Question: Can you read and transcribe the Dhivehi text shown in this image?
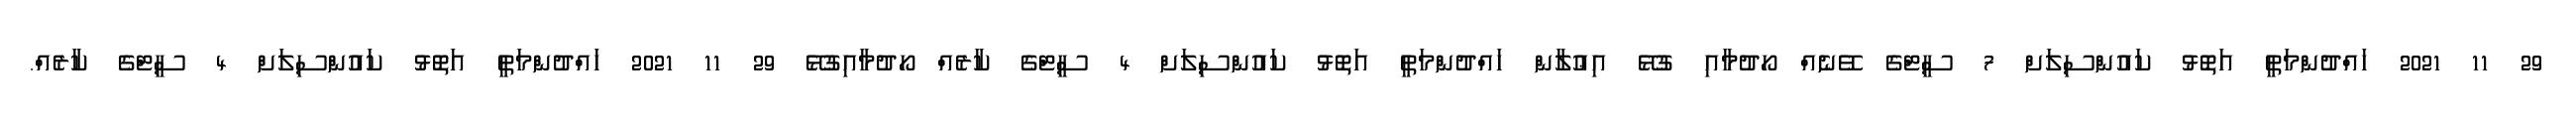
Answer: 29 11 2021 ހައްދުންމަތީ އަތޮޅު ކައުންސިލަށް 7 ސީޓްގެ ވޭނެއް ހޯދުމާއި ގުޅޭ އިޢުލާން ހައްދުންމަތީ އަތޮޅު ކައުންސިލަށް 4 ސީޓްގެ ކާރެއް ހޯދުމާއިގުޅޭ 29 11 2021 ހައްދުންމަތީ އަތޮޅު ކައުންސިލަށް 4 ސީޓްގެ ކާރެއް.